Civil Veterinary Department. United Provinces 1923-31 - 1923-1931
Year: 1923
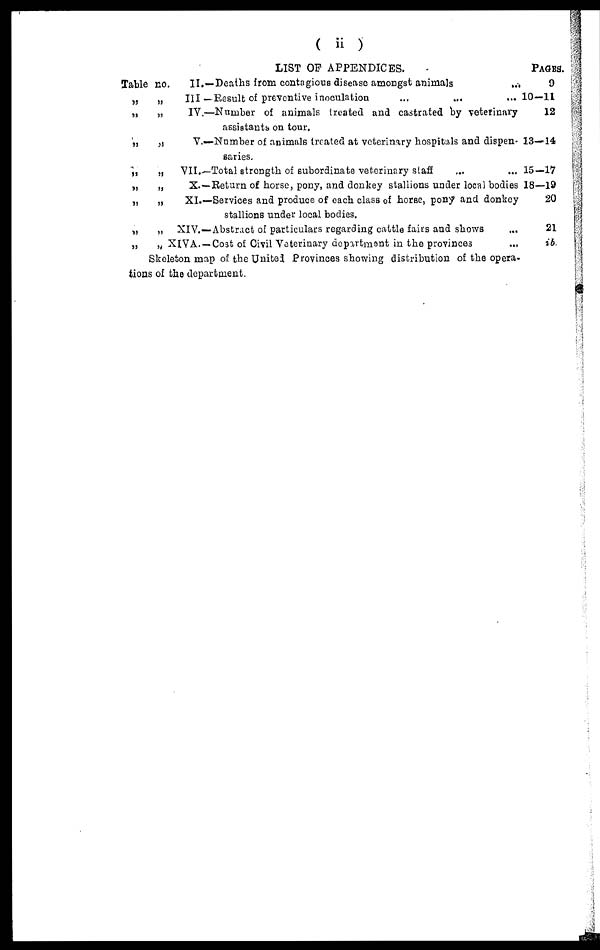
( ii )
Table no.
„ „
„ „
„ „
„ „
„ „
„ „
„ „
„ „
LIST OF APPENDICES.
II.—Deaths from contagious disease amongst animals ...
III — Result of preventive inoculation ... ... ...
IV.—Number of animals treated and castrated by veterinary
assistants on tour.
V.—Number of animals treated at veterinary hospitals and dispen-
saries.
VII.—Total strength of subordinate veterinary staff ... ...
X.—Return of horse, pony, and donkey stallions under local bodies
XI.—Services and produce of cach class of horse, pony and donkey
stallions under local bodies.
XIV.—Abstract of particulars regarding cattle fairs and shows ...
XIVA. —Cost of Civil Veterinary department in the provinces ...
Skeleton map of the United Provinces showing distribution of the opera-
tions of the department.
PAGES.
9
10—11
12
13—14
15—17
18—19
20
21
ib.